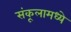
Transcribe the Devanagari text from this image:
संकूलामध्ये